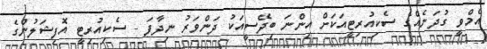
އެމްވީ ގުދަނެއްގެ ސެކިއުރިޓީއަކަށް އިންނަ ބިދޭސީއަކު ދަންވަރު ނިދާފަ - ސެކިއުރިޓީ އޮފިޝަލުންގެ